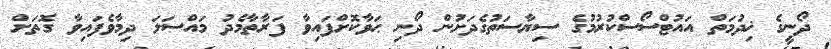
ދޯނީގެ ޚިދުމަތް އައުޓްސޯސްކުުރުމުގެ ސިޔާސަތުގެދަށުން ދޯނި ޙަވާކޮށްފައިވާ ފަރާތާމެދު މައްސަލަ ދިމާވެފައިވާ ގޮތަށް